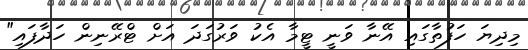
މިދިޔަ ހަފުތާގައި އޭނާ ވަނީ ޓީމާ އެކު ވަރުގަދަ އަށް ޓްރޭނިން ހަދާފައި"